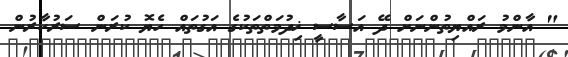
" އާންމުު ރައްޔިތުންނަށް ދޭ އަސާސީ ޚިދުމަތްތަކުގެ އަގުތައް ހެޔޮ ކުރަން ސަރުކާރުން